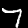
Label: 7